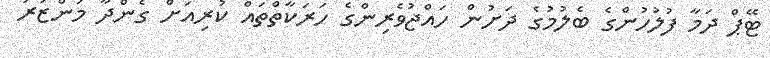
ޓޭޕް ދަމާ ފުލުހުންގެ ބެލުމުގެ ދަށުން ހައްޖުވެރިންގެ ހަރަކާތްތައް ކުރިއަށް ގެންދާ މަންޒަރު